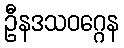
ဦနဒသဝဂ္ဂေန